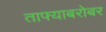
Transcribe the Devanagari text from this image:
ताफ्याबरोबर